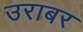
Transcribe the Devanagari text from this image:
उराबर